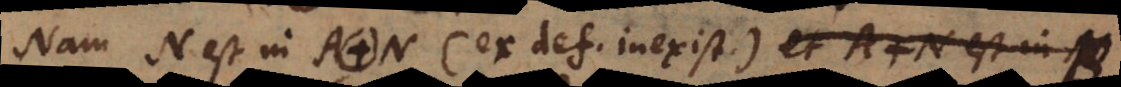
Nam N est in A. N (ex def. inexist.). P. 16. S i A